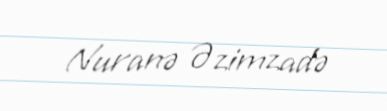
Nuranə Əzimzadə